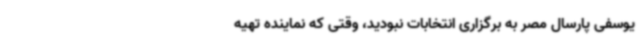
یوسفی پارسال مصر به برگزاری انتخابات نبودید، وقتی که نماینده تهیه